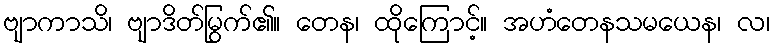
ဗျာကာသိ၊ ဗျာဒိတ်မြွက်၏။ တေန၊ ထိုကြောင့်။ အဟံတေနသမယေန၊ လ၊